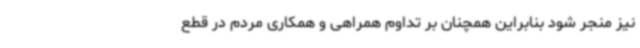
نیز منجر شود بنابراین همچنان بر تداوم همراهی و همکاری مردم در قطع